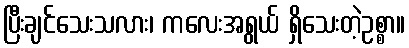
ပြီးချင်သေးသလား၊ ကလေးအရွယ် ရှိသေးတဲ့ဥစ္စာ။